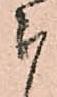
被